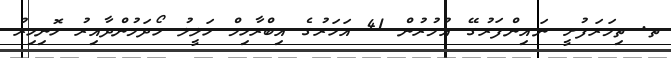
ތ. ތިމަރަފުށީ ނައިންފަރުގޭ އުމުރުން 41 އަހަރުގެ އިބްރާހިމް ހަލީލު ހޯދަމުންދާއިރު ހޮނިހިރު